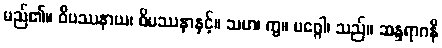
မည်၏။ ဝိပဿနာယ၊ ဝိပဿနာနှင့်။ သဟ၊ ကွ။ မဂ္ဂေါ၊ သည်။ ဆန္ဒရာဂနိ